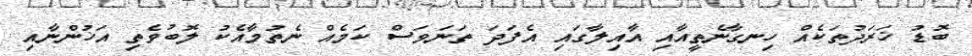
ބޮޑު ޚަރަދުތަކެއް ހިނގާނެތީއާއި އާއިލާގައި އެފަދަ ތަނަވަސް ކަމެއް ނެތުމާއެކު ލޮބުވެތި އަޚުންނާއި